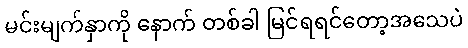
မင်းမျက်နှာကို နောက် တစ်ခါ မြင်ရရင်တော့အသေပဲ